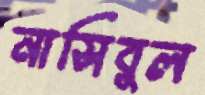
নাসিবুল